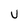
Character: U